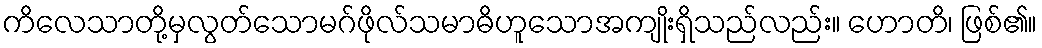
ကိလေသာတို့မှလွတ်သောမဂ်ဖိုလ်သမာဓိဟူသောအကျိုးရှိသည်လည်း။ ဟောတိ၊ ဖြစ်၏။